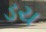
ડચ